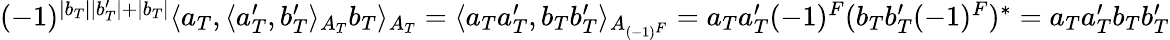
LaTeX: \begin{array}{r}{(-1)^{|b_{T}||b_{T}^{\prime}|+|b_{T}|}\langle a_{T},\langle a_{T}^{\prime},b_{T}^{\prime}\rangle_{A_{T}}b_{T}\rangle_{A_{T}}=\langle a_{T}a_{T}^{\prime},b_{T}b_{T}^{\prime}\rangle_{A_{(-1)^{F}}}=a_{T}a_{T}^{\prime}(-1)^{F}(b_{T}b_{T}^{\prime}(-1)^{F})^{*}=a_{T}a_{T}^{\prime}b_{T}b_{T}^{\prime}}\end{array}